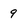
Character: 9